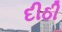
દીઠી